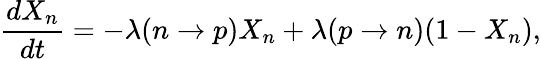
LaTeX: \frac{dX_{n}}{dt}=-\lambda(n\rightarrow p)X_{n}+\lambda(p\rightarrow n)(1-X_{n}),